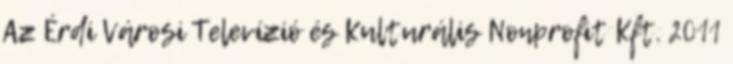
Az Érdi Városi Televízió és Kulturális Nonprofit Kft. 2011